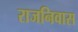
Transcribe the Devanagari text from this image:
राजनिवास